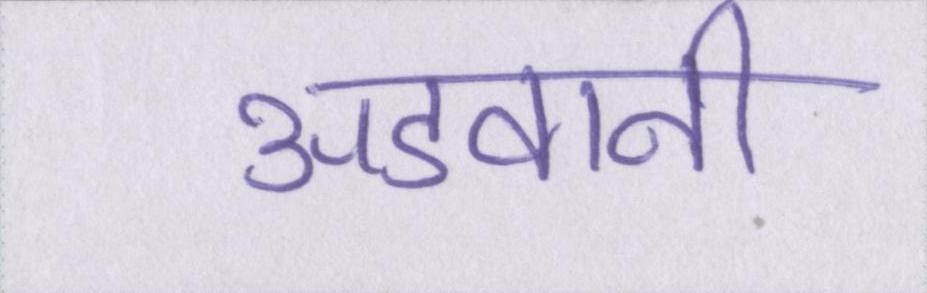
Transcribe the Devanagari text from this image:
अडवानी